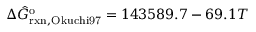
\Delta \hat { G } _ { \mathrm { r x n , O k u c h i 9 7 } } ^ { \mathrm { o } } = 1 4 3 5 8 9 . 7 - 6 9 . 1 T